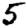
Digit: 5